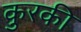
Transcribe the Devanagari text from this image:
कुरकी